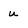
Character: u